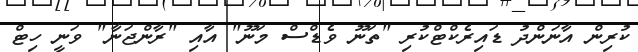
ކުރިން އާނަންދު ޑައިރެކްޓްކުރި "ތަނޫ ވެޑްސް މަނޫ" އާއި "ރާންޖަނާ" ވަނީ ހިޓް